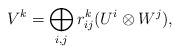
LaTeX: \begin{align*} V^k =\bigoplus_{i,j} r_{ij}^k (U^i \otimes W^j),\end{align*}